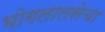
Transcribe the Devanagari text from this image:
भोगलालसेचा